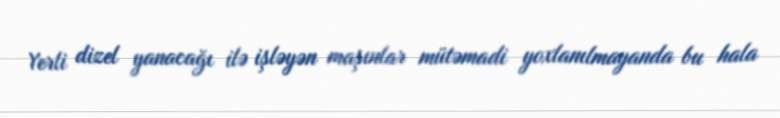
Yerli dizel yanacağı ilə işləyən maşınlar mütəmadi yoxlanılmayanda bu hala